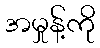
အမှုန့်ကို